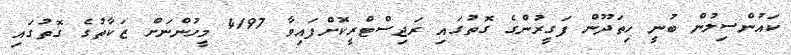
ކައުންސިލުން ބުނީ ހިތަދޫން ފަގީރުންގެ ގޮތުގައި ރަޖިސްޓްރީކޮށްފައިވާ 4197 މީހުންނަށް ޒަކާތުގެ ގޮތުގައި